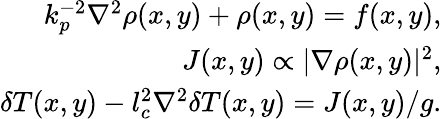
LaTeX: \begin{array}{r}{k_{p}^{-2}\nabla^{2}\rho(x,y)+\rho(x,y)=f(x,y),}\\ {J(x,y)\propto|\nabla\rho(x,y)|^{2},}\\ {\delta T(x,y)-l_{c}^{2}\nabla^{2}\delta T(x,y)=J(x,y)/g.}\end{array}